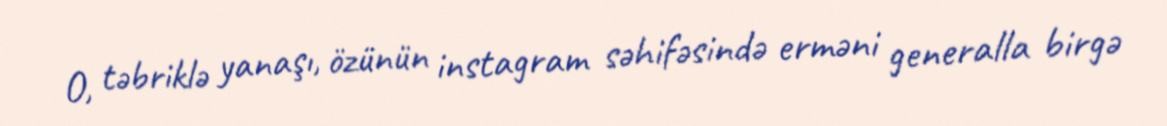
O, təbriklə yanaşı, özünün instagram səhifəsində erməni generalla birgə